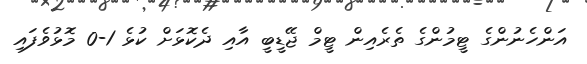
އަންހެނުންގެ ޓީމުންގެ ތެރެއިން ޓީމް ޖޭޑީބީ އާއި ދެކޮޅަށް ކުޅެ 1-0 މޮޅުވެފައި